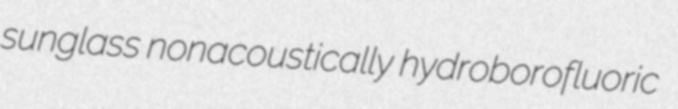
sunglass nonacoustically hydroborofluoric